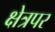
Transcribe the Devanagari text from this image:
क्षेत्रपर